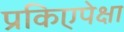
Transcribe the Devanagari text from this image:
प्रकिएपेक्षा